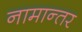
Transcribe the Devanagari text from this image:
नामान्तर